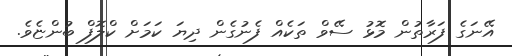
އޭނަގެ ފަރާތުން މޮޅު ސޭވް ތަކެއް ފެނުގެން ދިޔަ ކަމަށް ކްލޮފް ބުންޏެވެ.